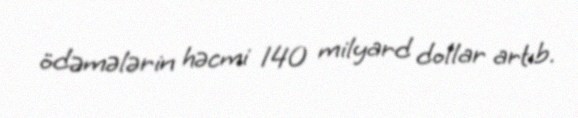
ödəmələrin həcmi 140 milyard dollar artıb.